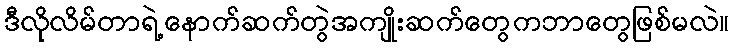
ဒီလိုလိမ်တာရဲ့နောက်ဆက်တွဲအကျိုးဆက်တွေကဘာတွေဖြစ်မလဲ။